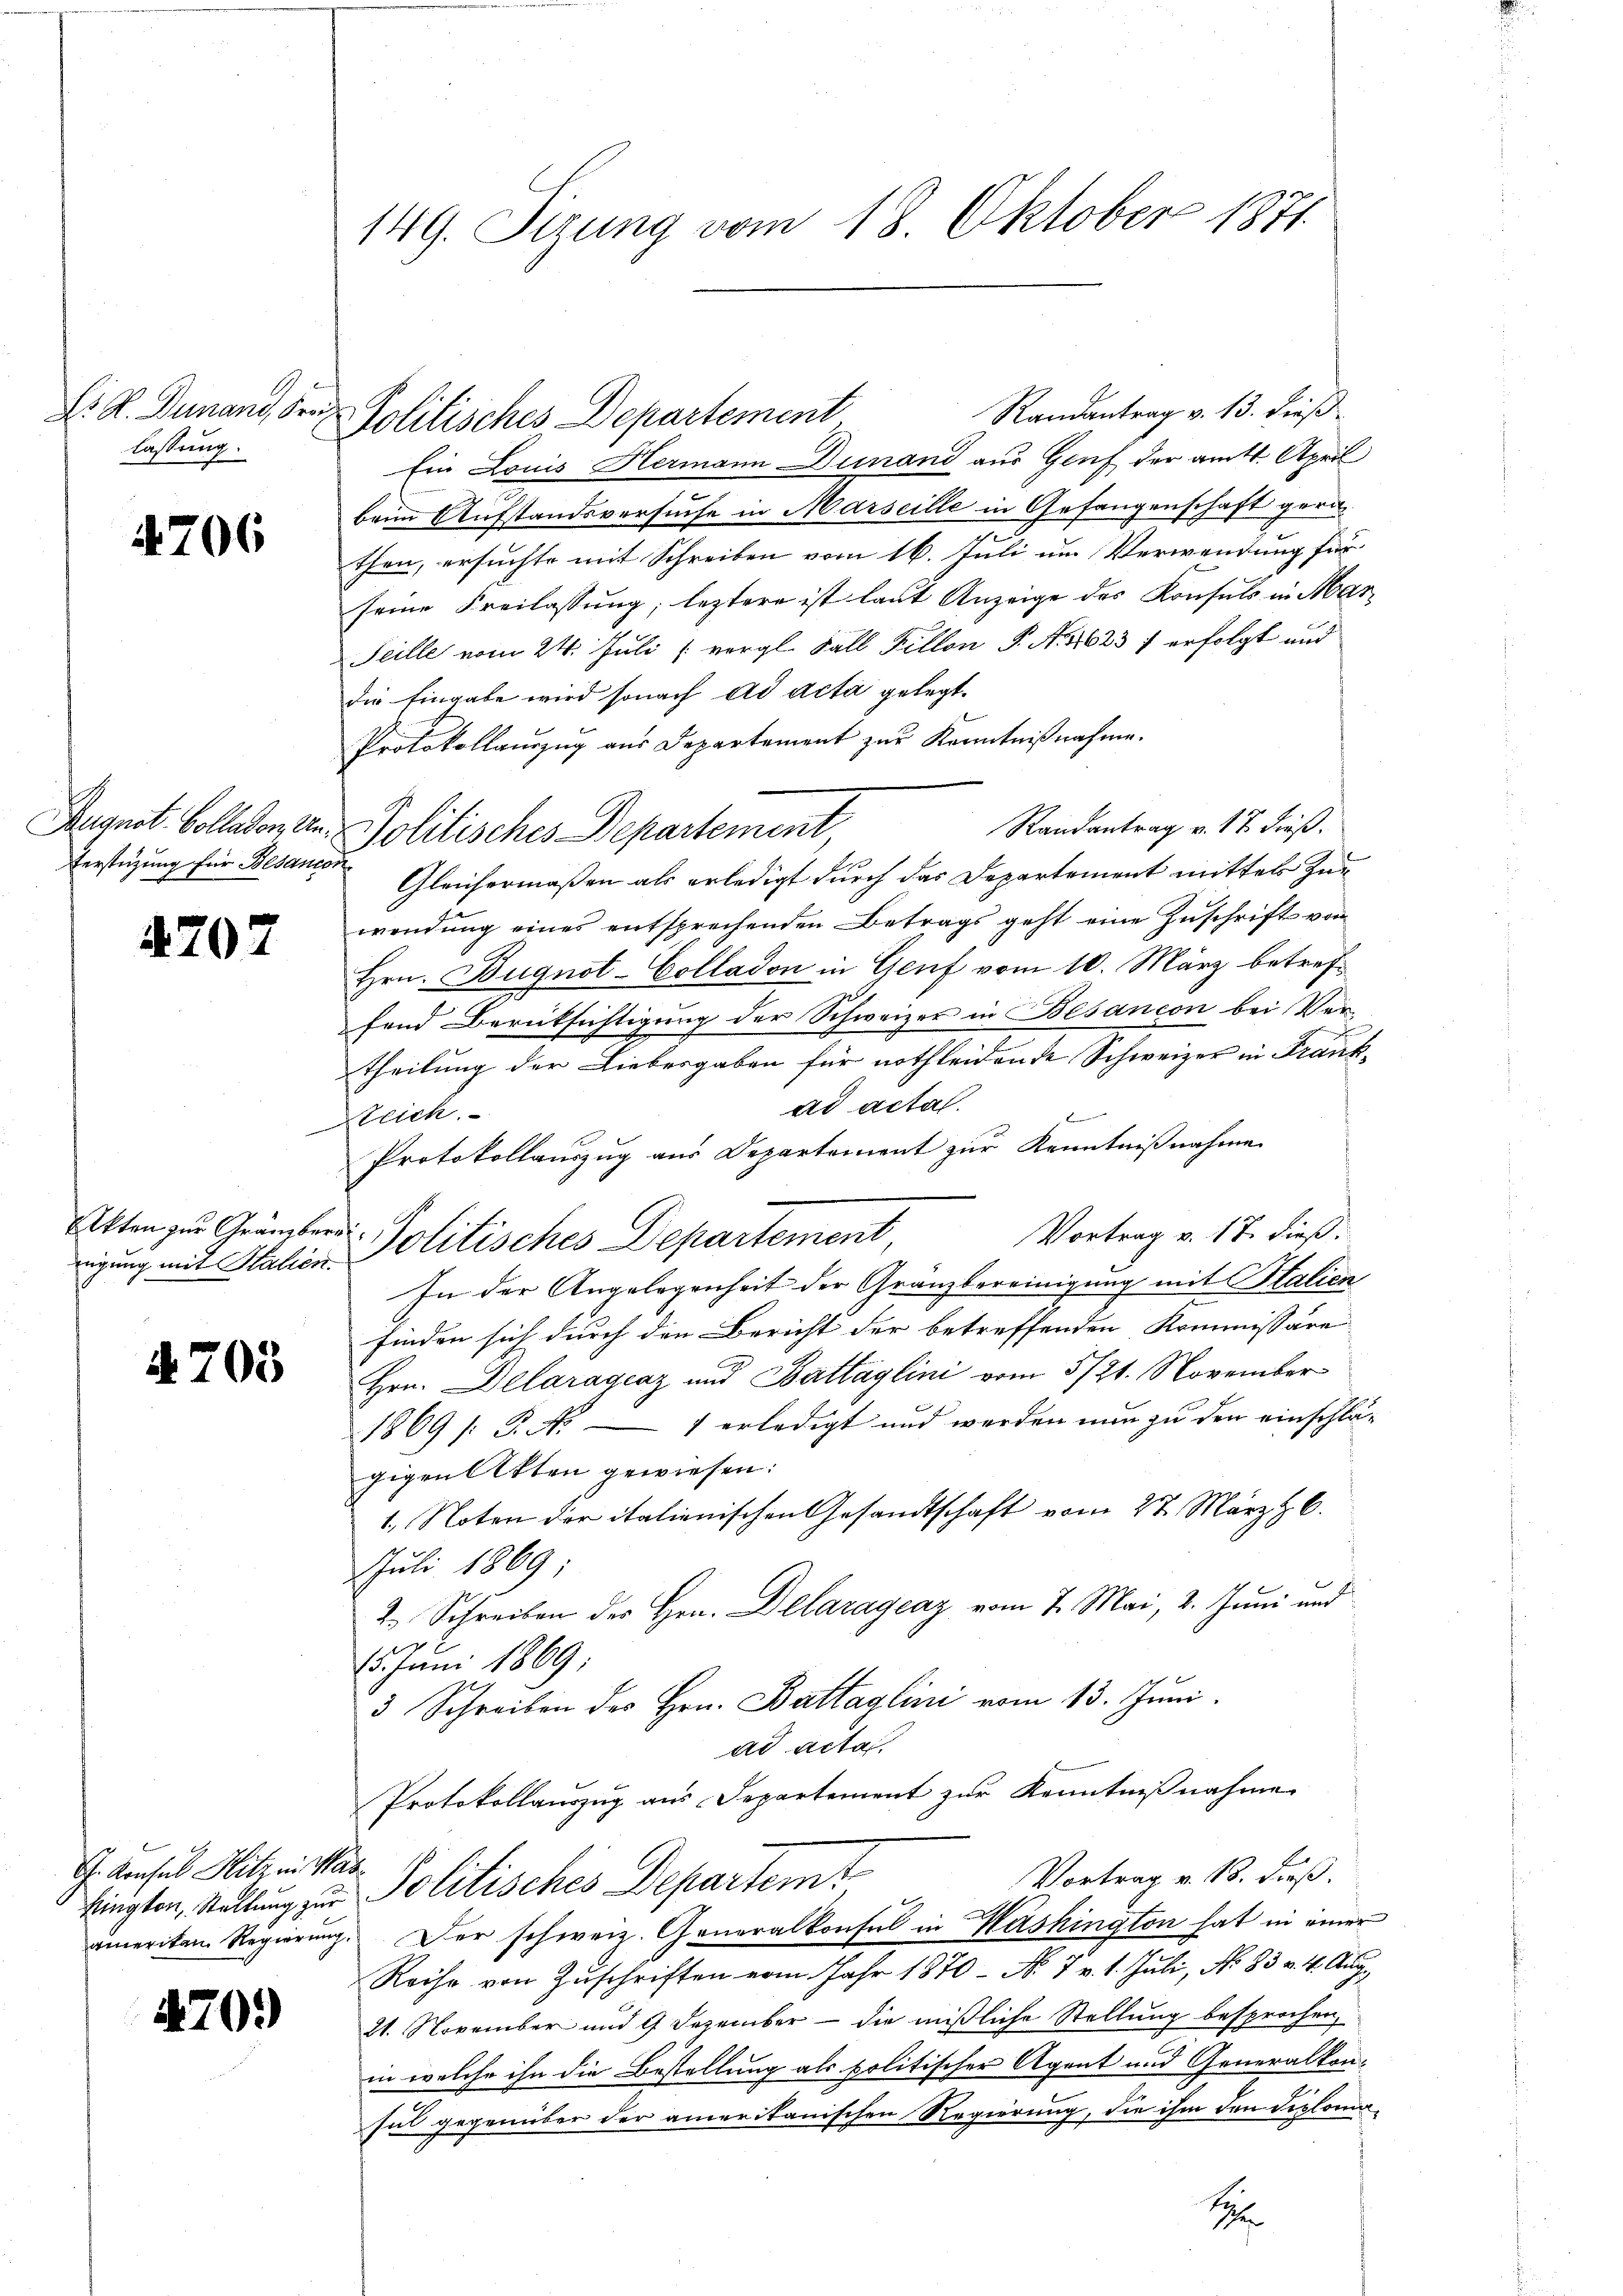
Dr. A. Dunand, Sr.
lassung.

4706

Verstüzung für Besancon

4207

Akten zur Grämber

§ 703

C. Konsul Hitz in Mar

470.)

149. Sezung vom 18. Oktober 1871.

ich

Randantrag v. 13. dieß.
Politisches Departement
Ein Louis Hermann Dunand aus Genf der amtl. April
beim Aufstandsversuche in Marseille in Gefangenschaft gerathen, ersuchte mit Schreiben vom 16. Juli um Verwendung für
seine Freilassung, leztere ist laut Anzeige des Konsuls in Mar¬
Seille vom 24. Juli [ vergl. Fall Fillon P. Nr. 4623 f erfolgt und
die Eingabe wird sonach ad acta gelegt.
Protokollauszug aus Departement zur Kenntnißnahme.
Randantrag v. 17. dieß.
August. Colladon an. Politisches Departement
Gleichermaßen als erledigt durch das Departement mittel zuwendung eines entsprechenden Betrags geht eine Zuschrift von
Hrn. Bugnot-Colladon in Genf vom 10. März betreffend Berüksichtigung der Schweizer in Besancon bei Ver-
theilung der Liebesgaben für nothleidende Schweizer in Frankad acta.
z Baumeister
Rtlich.
Protokollauszug aus Departement zur Kenntnißnahme
Vortrag v. 17. dieß:
igung mit Station Politisches Departement,
In der Angelegenheit der Granzbereinigung mit Italien
finden sich durch die Bericht der betreffenden Kommissäre
2
Hrn. Delaragraz und Battaglini vom 3/21. November
1869 /: P. Nr. 4 erledigt und werden nun zu den einschlägigen Akten gewiesen:
1. Noten der italienischen Gesandtschaft vom 27. März 6.
Juli 1869;
2. Schreiben des Hrn. Delaragenz vom 7. Mai, 2. Juni und
15. Juni 1869
3 Schreiben des Hrn. Battaglini vom 13. Juni.
ad acta,
Protokollauszug aus Departement zur Kenntnißnahme
Vortrag v. 18. dieß.
lingten, Stellung zur Politisches Departemt
amerikan. Regierŭng. Der schweiz. Generalkonsul in Washington hat in einer
Reise von Zŭschriften vom Jahr 1870 - No. 7 v. 1. Juli, No. 83 v. 4. Aug.
21. November und 9 Dezember — die mißliche Stellung besprochen,
in welche ihn die Bestellung als politischer Agent und Generalkonsul gegenüber der amerikanischen Regierung, die ihm den Diplomae